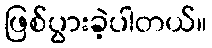
ဖြစ်ပွားခဲ့ပါတယ်။